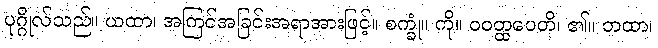
ပုဂ္ဂိုလ်သည်။ ယထာ၊ အကြင်အခြင်းအရာအားဖြင့်။ စက္ခုံ။ ကို။ ဝဝတ္ထပေတိ၊ ၏။ တထာ၊